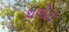
થલોટા